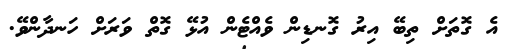
އެ ގޮތަށް ތިބޭ އިރު ގޮނޑިން ވެއްޓެން އުޅޭ ގޮތް ވަރަށް ހަނދާންވޭ.